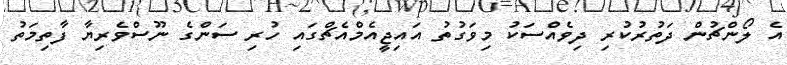
އެ ލޯންޗުން ދަތުރުކުރި ދިވެއްސަކު މިވަގުތު އައިޖީއެމްއެޗްގައި ހުރި ސަންގެ ނޫސްވެރިޔާ ފާތިމަތު